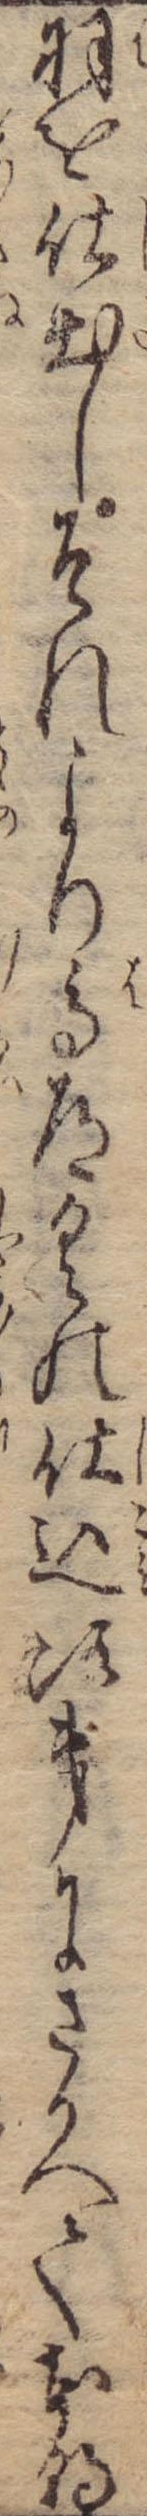
羽を仕出しそれより馬道具の仕込次第にさかへて本朝